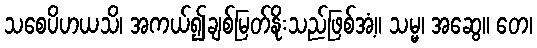
သစေပိဟယသိ၊ အကယ်၍ချစ်မြတ်နိုးသည်ဖြစ်အံ့။ သမ္မ၊ အဆွေ။ တေ၊